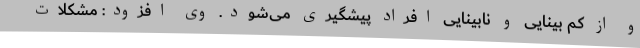
و از کم بینایی و نابینایی افراد پیشگیری می‌شود. وی افزود: مشکلات